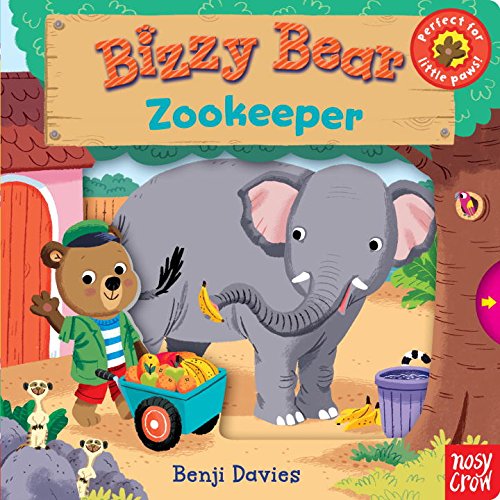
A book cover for Bizzy Bear: Zookeeper; Nosy Crow; Children's Books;